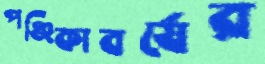
পঞ্জিকাবর্ষের